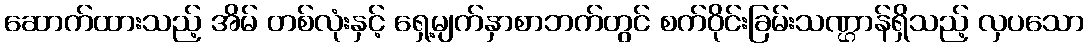
ဆောက်ထားသည့် အိမ် တစ်လုံးနှင့် ရှေ့မျက်နှာစာဘက်တွင် စက်ဝိုင်းခြမ်းသဏ္ဌာန်ရှိသည့် လှပသော